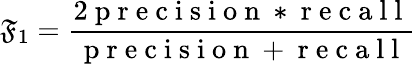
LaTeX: \mathfrak{F}_{1}=\frac{{2\mathrm{{~p~r~e~c~i~s~i~o~n~*~r~e~c~a~l~l~}}}}{{\mathrm{{~p~r~e~c~i~s~i~o~n~+~r~e~c~a~l~l~}}}}